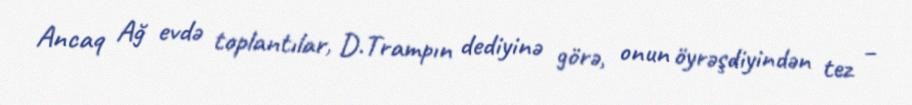
Ancaq Ağ evdə toplantılar, D.Trampın dediyinə görə, onun öyrəşdiyindən tez –